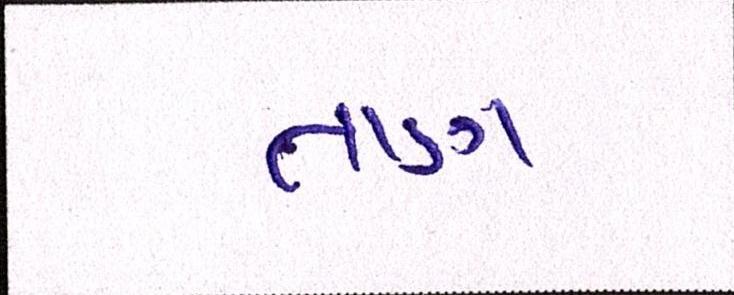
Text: તાણ